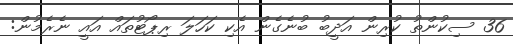
36 ސިކުންތު ކުރިން އަދީބު ބުނެގެން އެކި ކަހަލަ ރިޕޯޓުތައް އައީ ނެރެމުން: